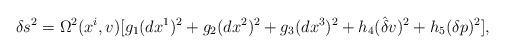
LaTeX: \begin{align*}\delta s^{2}=\Omega^{2}(x^{i},v)[g_{1}(dx^{1})^{2}+g_{2}(dx^{2})^{2}+g_{3}(dx^{3})^{2}+h_{4}(\hat{{\delta }}v)^{2}+h_{5}(\delta p)^{2}], \end{align*}